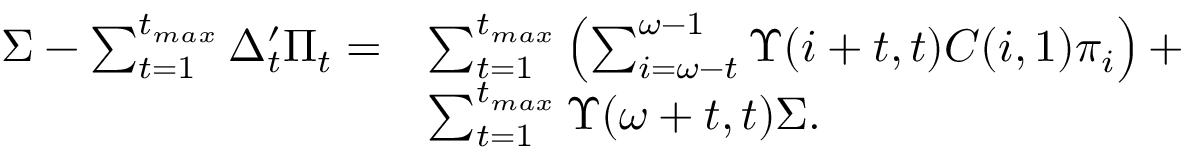
\begin{array} { r l } { \Sigma - \sum _ { t = 1 } ^ { t _ { m a x } } \Delta _ { t } ^ { \prime } \Pi _ { t } = } & { \sum _ { t = 1 } ^ { t _ { m a x } } \left( \sum _ { i = \omega - t } ^ { \omega - 1 } \Upsilon ( i + t , t ) C ( i , 1 ) \pi _ { i } \right) + } \\ & { \sum _ { t = 1 } ^ { t _ { m a x } } \Upsilon ( \omega + t , t ) \Sigma . } \end{array}